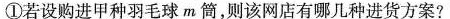
①若设购进甲种羽毛球m筒，则该网店有哪几种进货方案?